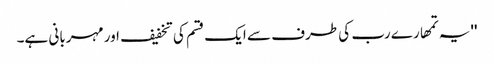
''یہ تمھارے رب کی طرف سے ایک قسم کی تخفیف اور مہربانی ہے۔